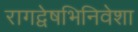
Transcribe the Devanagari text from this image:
रागद्वेषभिनिवेशा